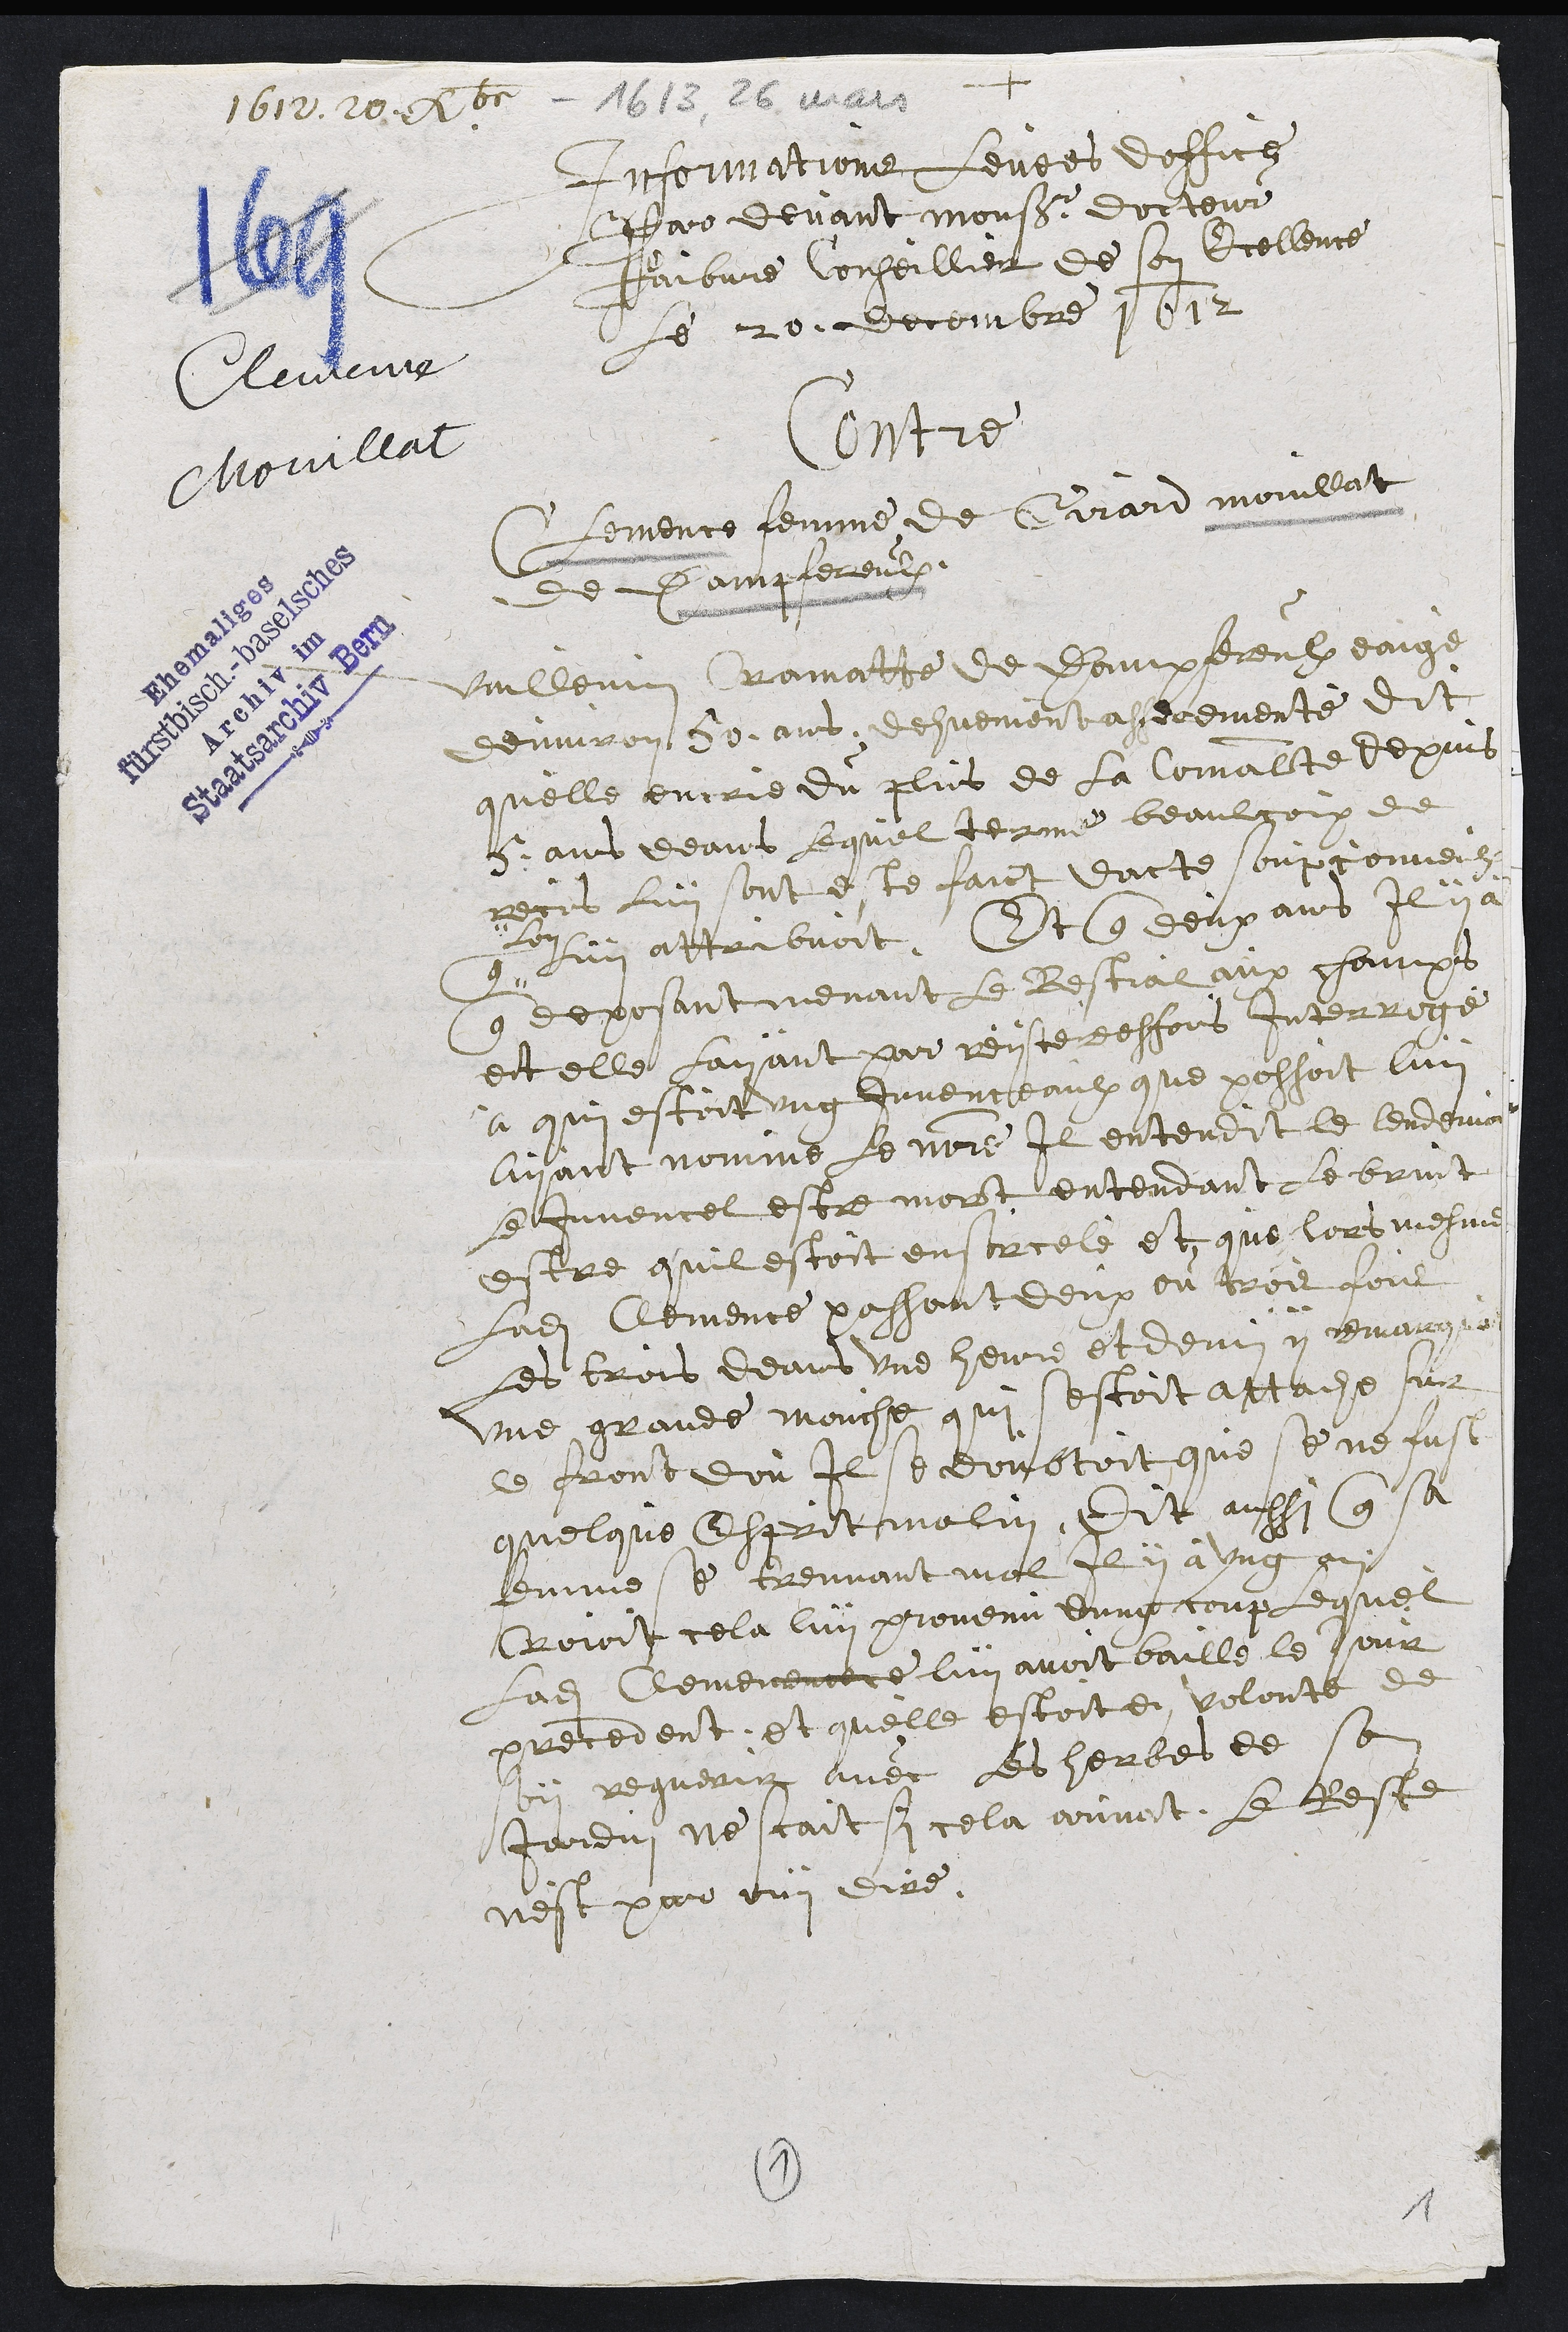
1612. 20. 260 1613. 28 mais
Clemence
Chouillat
+
Informatione levees doffice
par devant Monsieur docteur
Faibvre Conseillient de son Icellence
Le 20 decembre 1612
Contre
Clemence femme de Girard mouillat
de Dampfereulx
Vuillemin ramatte de dompereulx eaige
denviron 50 ans dehuemenasseremente dit
quelle encrie du plus de la Comalte depuis
5 ans deans lequel terme beaulcoix de
recis lui sont et faict dicte soupçonneuz
luy attaibvoit, Et que deux ans il y a
lon
que deposant venant le Bestial aux champs
et elle layant par reiste desfois interroge
à qui estoit ung juvenceaulx que possoit luy
avant nomme Le motre il entendit le lendemain
euvencel estre mort entendant le bruit
estre quil estoit ensorcele et que lors mesme
ladite Clemence passant deux ou trois fois
Les trois deans une heure et demi y demange
une grande mouche qui sestoit attache sur
le front dou il se doubtoit que se ne fust
quelque estoit malin, Dit aussi que sa
emme et treuvant mal il y a ung an
rioit cela luy proment dung coup lequel
ladite Cemeneme luy avoit baille le jour
precedent, et quelle estoit en volont de
en reguerir avec les herbes de se
Jarduz ne scait si cela pouvoit Le Beste
nest par ouy dire.
9
3